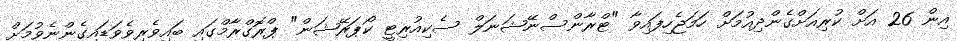
އިން 26 އަށް ކުރިއަށްގެންދިއުމަށް ހަމަޖެހިފައިވާ "ޓްރާންސްނޭޝަނަލް ސެކިއުރިޓީ ކޯޕަރޭޝަން" ޕްރޮގްރާމްގައި ބައިވެރިވެވަޑައިގެންނެވުމަށް